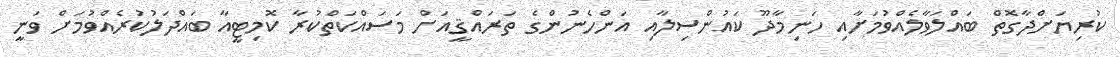
ކުރިޔަށްދާގޮތް ބައްލަވާލެއްވުމަށާއި ހަނިމާދޫ ކައުންސިލާއި އަންހެނުންގެ ތަރައްޤީއަށް މަސައްކަތްކުރާ ކޮމިޓީއާ ބައްދަލުކުރެއްވުމަށް ވަނީ